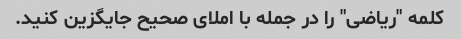
کلمه "ریاضی" را در جمله با املای صحیح جایگزین کنید.